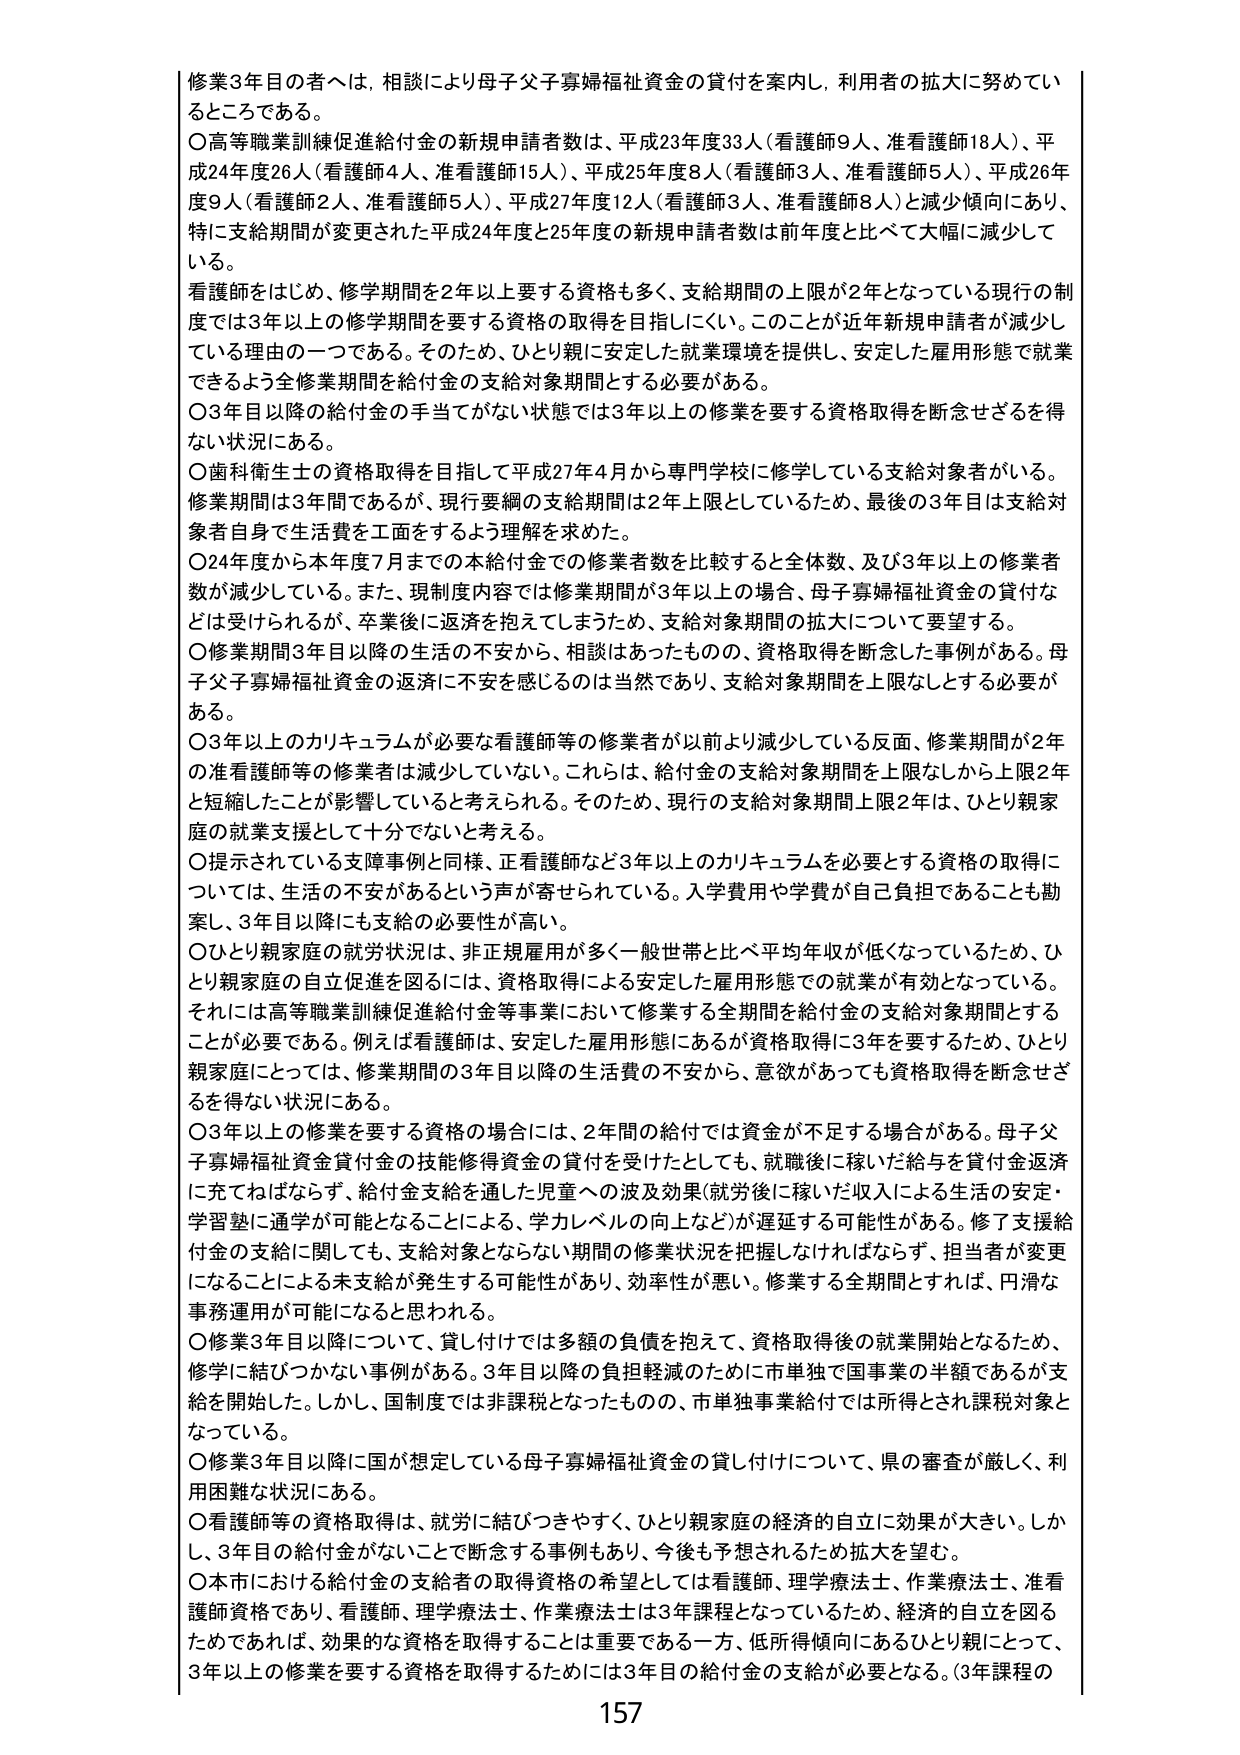
修業3年目の者へは、相談により母子父子寡婦福祉資金の貸付を案内し、利用者の拡大に努めてい
るところである。
○高等職業訓練促進給付金の新規申請者数は、平成23年度33人（看護師9人、准看護師18人）、平
成24年度26人（看護師4人、准看護師15人）、平成25年度8人（看護師3人、准看護師5人）、平成26年
度9人（看護師2人、准看護師5人）、平成27年度12人（看護師3人、准看護師8人）と減少傾向にあり、
特に支給期間が変更された平成24年度と25年度の新規申請者数は前年度と比べて大幅に減少して
いる。
看護師をはじめ、修学期間を2年以上要する資格も多く、支給期間の上限が2年となっている現行の制
度では3年以上の修学期間を要する資格の取得を目指しにくい。このことが近年新規申請者が減少し
ている理由の一つである。そのため、ひとり親に安定した就業環境を提供し、安定した雇用形態で就業
できるよう全修業期間を給付金の支給対象期間とする必要がある。
○3年目以降の給付金の手当てがない状態では3年以上の修業を要する資格取得を断念せざるを得
ない状況にある。
○歯科衛生士の資格取得を目指して平成27年4月から専門学校に修学している支給対象者がいる。
修業期間は3年間であるが、現行要綱の支給期間は2年上限としているため、最後の3年目は支給対
象者自身で生活費を工面をするよう理解を求めた。
○24年度から本年度7月までの本給付金での修業者数を比較すると全体数、及び3年以上の修業者
数が減少している。また、現制度内容では修業期間が3年以上の場合、母子寡婦福祉資金の貸付な
どは受けられるが、卒業後に返済を抱えてしまうため、支給対象期間の拡大について要望する。
○修業期間3年目以降の生活の不安から、相談はあったものの、資格取得を断念した事例がある。母
子父子寡婦福祉資金の返済に不安を感じるのは当然であり、支給対象期間を上限なしとする必要が
ある。
○3年以上のカリキュラムが必要な看護師等の修業者が以前より減少している反面、修業期間が2年
の准看護師等の修業者は減少していない。これは、給付金の支給対象期間を上限なしから上限2年
と短縮したことが影響していると考えられる。そのため、現行の支給対象期間上限2年は、ひとり親家
庭の就業支援として十分でないと考える。
○提示されている支援事例と同様、正看護師など3年以上のカリキュラムを必要とする資格の取得に
ついては、生活の不安があるという声が寄せられている。入学費用や学費が自己負担であることも勘
案し、3年目以降にも支給の必要性が高い。
○ひとり親家庭の就労状況は、非正規雇用が多く一般世帯と比べ平均年収が低くなっているため、ひ
とり親家庭の自立促進を図るには、資格取得による安定した雇用形態での就業が有効となっている。
それには高等職業訓練促進給付金等事業において修業する全期間を給付金の支給対象期間とする
ことが必要である。例えば看護師は、安定した雇用形態にあるが資格取得に3年を要するため、ひとり
親家庭にとっては、修業期間の3年目以降の生活費の不安から、意欲があっても資格取得を断念せざ
るを得ない状況にある。
○3年以上の修業を要する資格の場合には、2年間の給付では資金が不足する場合がある。母子父
子寡婦福祉資金貸付金の技能修得資金の貸付を受けたとしても、就職後に稼いだ給与を貸付金返済
に充てねばならず、給付金支給を通した児童への波及効果（就労後に稼いだ収入による生活の安定・
学習塾に通学が可能となることによる、学力レベルの向上など）が遅延する可能性がある。修了支援給
付金の支給に関しても、支給対象とならない期間の修業状況を把握しなければならず、担当者が変更
になることによる未支給が発生する可能性があり、効率性が悪い。修業する全期間とすれば、円滑な
事務運用が可能になると思われる。
○修業3年目以降について、貸し付けでは多額の負債を抱えて、資格取得後の就業開始となるため、
修学に結びつかない事例がある。3年目以降の負担軽減のために市単独で国事業の半額であるが支
給を開始した。しかし、国制度では非課税となったものの、市単独事業給付では所得とされ課税対象と
なっている。
○修業3年目以降に国が想定している母子寡婦福祉資金の貸し付けについて、県の審査が厳しく、利
用困難な状況にある。
○看護師等の資格取得は、就労に結びつきやすく、ひとり親家庭の経済的自立に効果が大きい。しか
し、3年目の給付金がないことで断念する事例もあり、今後も予想されるため拡大を望む。
○本市における給付金の支給者の取得資格の希望としては看護師、理学療法士、作業療法士、准看
護師資格であり、看護師、理学療法士、作業療法士は3年課程となっているため、経済的自立を図る
ためであれば、効果的な資格を取得することは重要である一方、低所得傾向にあるひとり親にとって、
3年以上の修業を要する資格を取得するためには3年目の給付金の支給が必要となる。（3年課程の
157